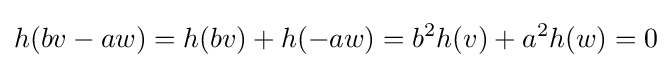
h(bv-aw)=h(bv)+h(-aw)=b^{2}h(v)+a^{2}h(w)=0